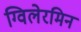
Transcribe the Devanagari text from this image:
ग्विलेरमिन